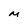
Character: M